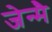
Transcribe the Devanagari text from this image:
जेन्मै